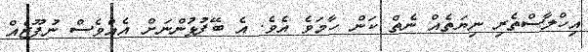
އިހްލާސްތެރި ނިޔަތެއް ނެތް ކަން ހާމަވެ އެވެ. އެ ބޭފުޅުންނަށް އެއްވެސް ނުފޫޒެއް